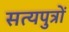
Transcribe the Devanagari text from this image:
सत्यपुत्रों